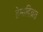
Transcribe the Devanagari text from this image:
हेमाद्रिव्रत